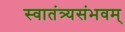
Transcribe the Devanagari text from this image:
स्वातंत्र्यसंभवम्